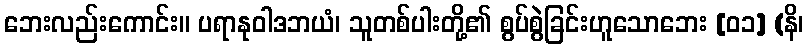
ဘေးလည်းကောင်း။ ပရာနုဝါဒဘယံ၊ သူတစ်ပါးတို့၏ စွပ်စွဲခြင်းဟူသောဘေး [၀၁] (နိ၊